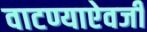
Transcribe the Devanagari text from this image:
वाटण्याऐवजी